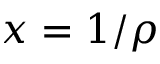
x = 1 / \rho